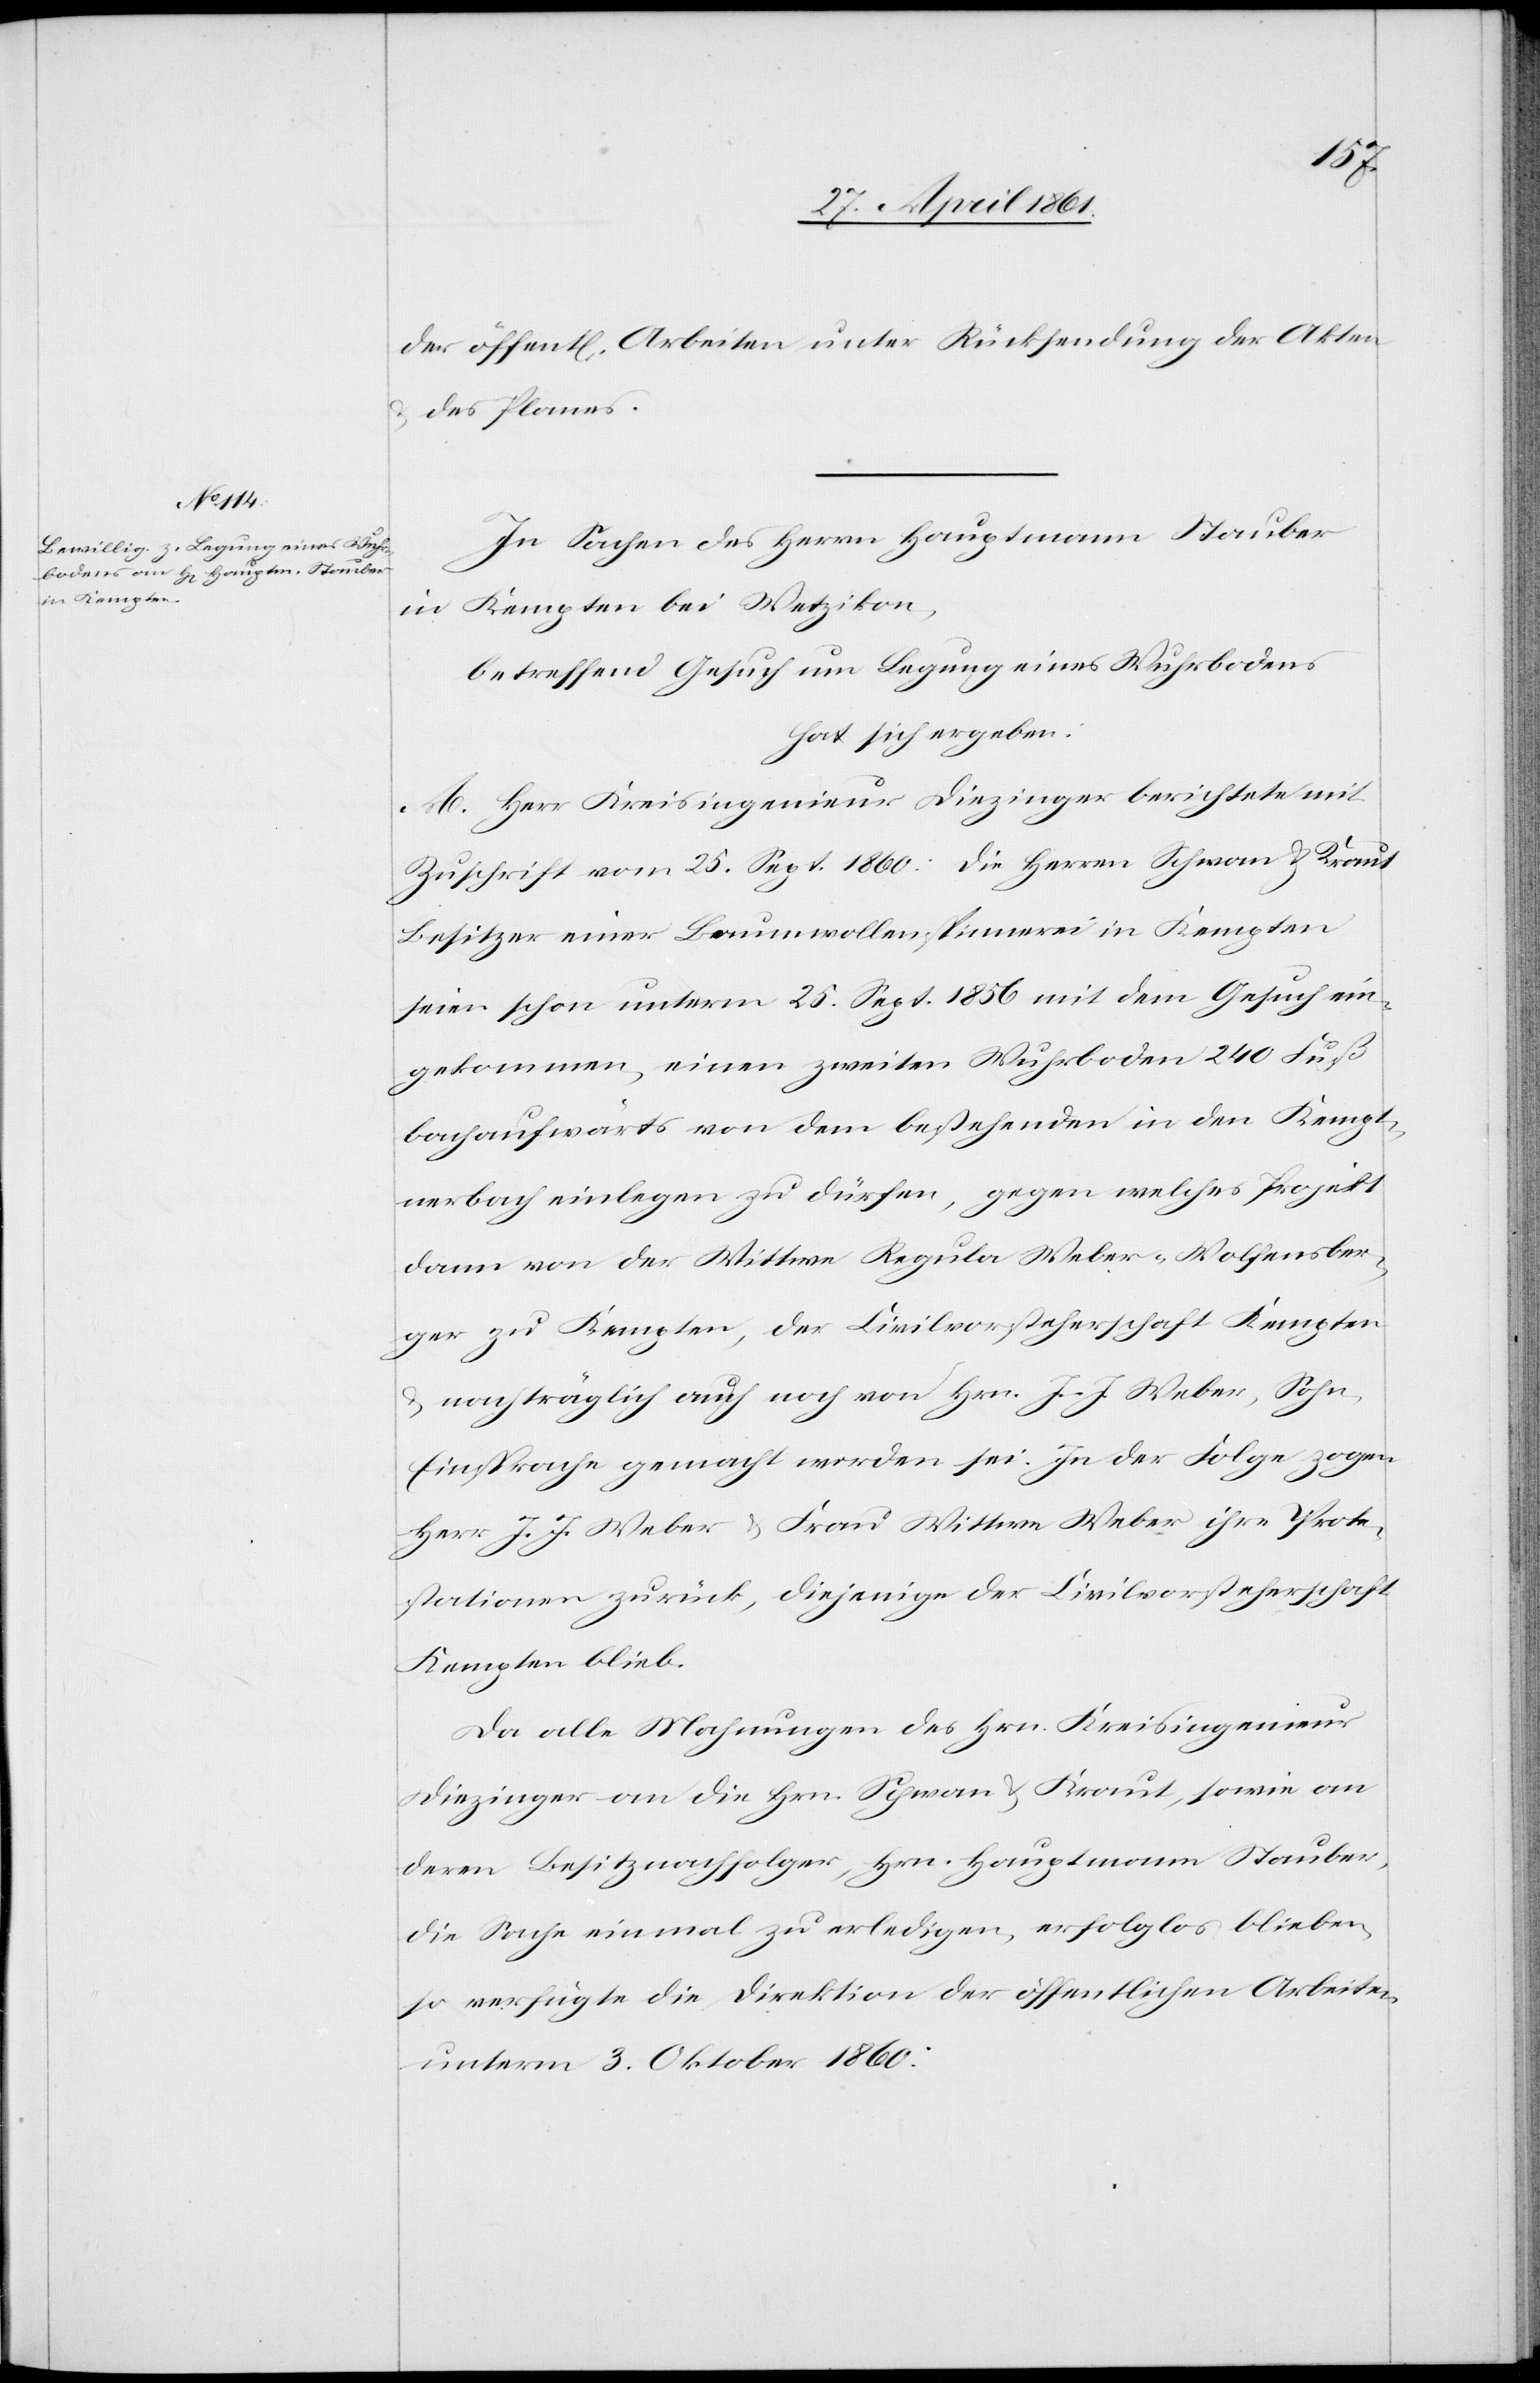
der öffent[lichen] Arbeiten unter Rücksendung der Akten
u. des Planes.
In Sachen des Herrn Hauptmann Stauber
in Kempten bei Wetzikon,
betreffend Gesuch um Legung eines Wuhrbodens
hat sich ergeben:
A. Herr Kreisingenieur Diezinger berichtete mit
Zuschrift vom 25. Sept. 1860: Die Herren Schwan u. Kraut
Besitzer einer Baumwollenspinnerei in Kempten
seien schon unterm 25. Sept. 1856 mit dem Gesuch ein¬
gekommen, einen zweiten Wuhrboden 240 Fuß
bachaufwärts von dem bestehenden in den Kempt¬
nerbach einlegen zu dürfen, gegen welches Projekt
dann von der Wittwe Regula Weber-Wolfensber¬
ger zu Kempten, der Civilvorsteherschaft Kempten
u. nachträglich auch noch von Hrn. J. J. Weber, Sohn,
Einsprache gemacht worden sei. In der Folge zogen
Herr J. J. Weber u. Frau Wittwe Weber ihre Prote¬
stationen zurück, diejenige der Civilvorsteherschaft
Kempten blieb.
Da alle Mahnungen des Hrn. Kreisingenieur
Diezinger an die Hrn. Schwan u. Kraut, sowie an
deren Besitznachfolger, Hrn. Hauptmann Stauber,
die Sache einmal zu erledigen, erfolglos blieben,
so verfügte die Direktion der öffentlichen Arbeiten
unterm 3. Oktober 1860: